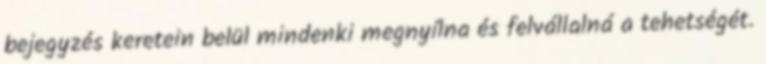
bejegyzés keretein belül mindenki megnyílna és felvállalná a tehetségét.